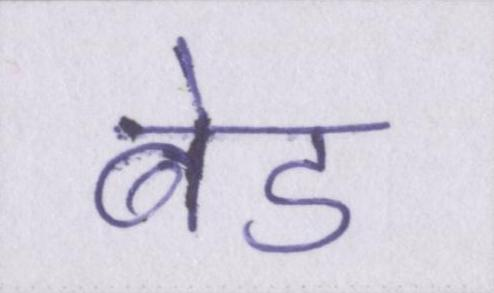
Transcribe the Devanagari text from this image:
बेड